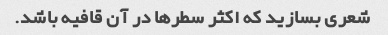
شعری بسازید که اکثر سطرها در آن قافیه باشد.